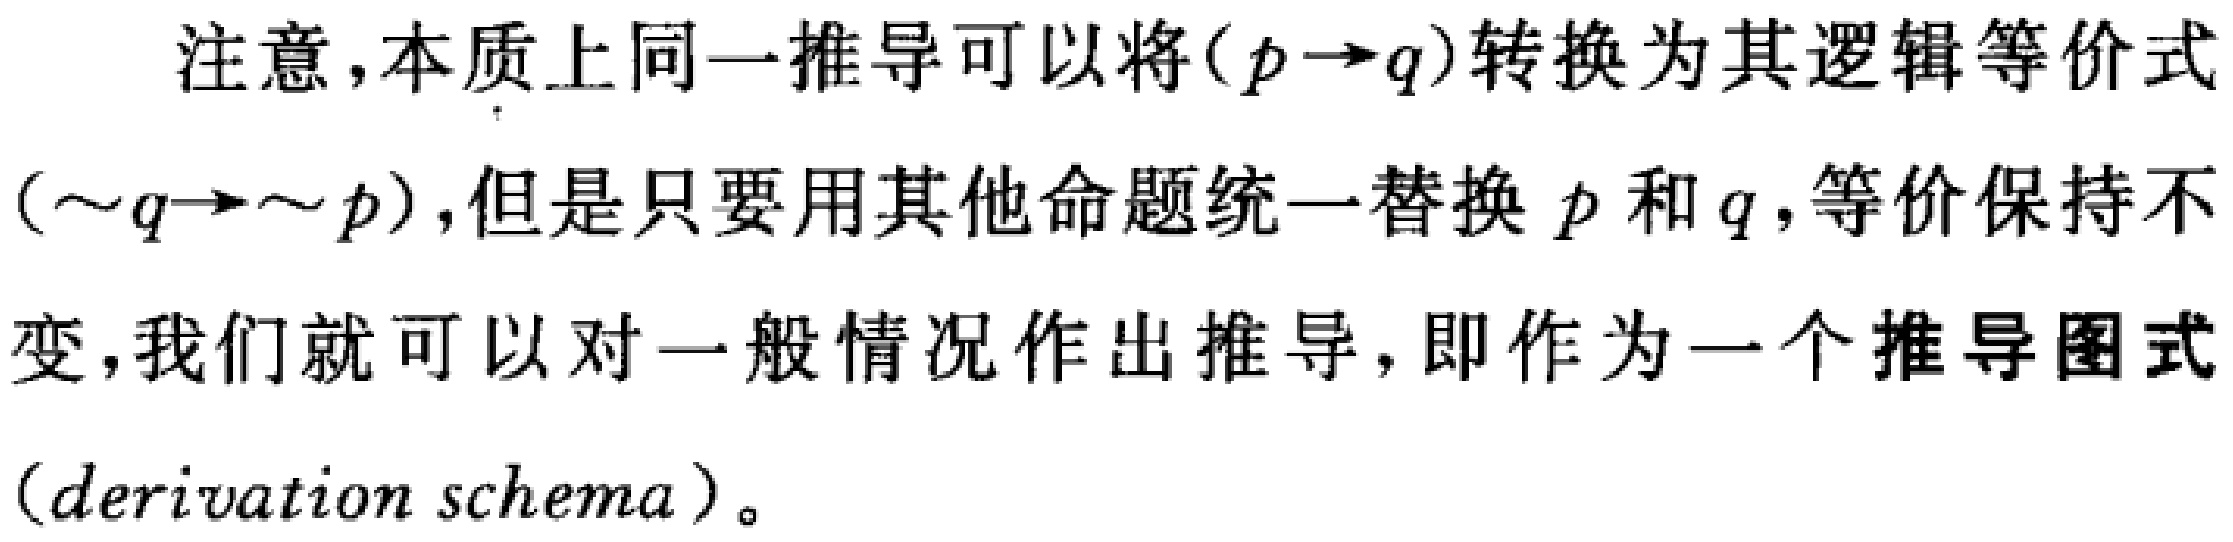
注意，本质上同一推导可以将\((p\rightarrow q)\)转换为其逻辑等价式\((\sim q\rightarrow\sim p)\)，但是只要用其他命题统一替换 \(p\) 和 \(q\)，等价保持不变，我们就可以对一般情况作出推导，即作为一个推导图式（derivation schema）。